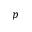
p